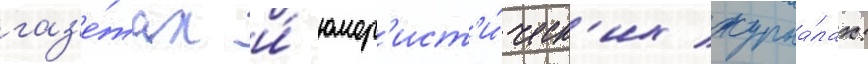
газ'е́тах и́ юмор'ист'и́ческ'их журна́лах: